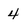
Character: 4